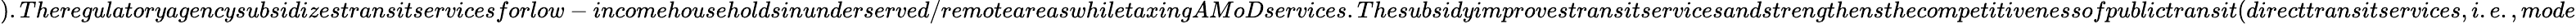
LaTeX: ).Theregulatoryagencysubsidizestransitservicesforlow-incomehouseholdsinunderserved/remoteareaswhiletaxingAMoDservices.Thesubsidyimprovestransitservicesandstrengthensthecompetitivenessofpublictransit(directtransitservices,i.e.,mode